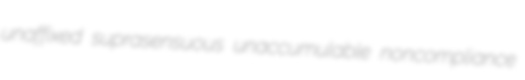
unaffixed suprasensuous unaccumulable noncompliance